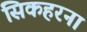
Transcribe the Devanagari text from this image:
सिकहरना